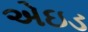
એઇડ